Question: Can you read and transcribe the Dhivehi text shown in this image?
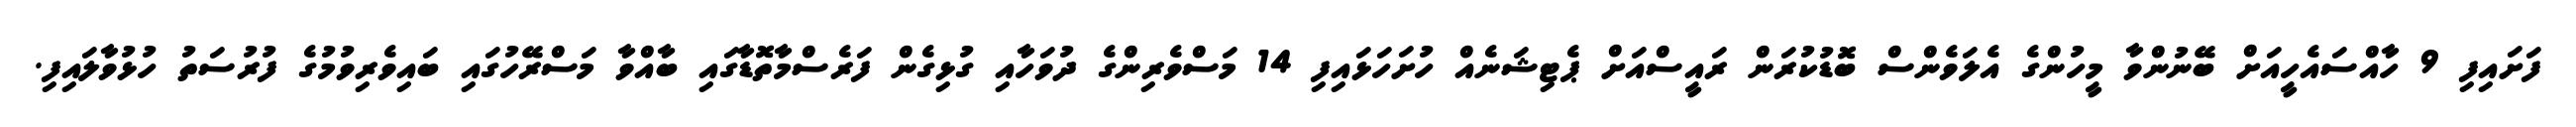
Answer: ފަށައިފި 9 ހާއްސައެހީއަށް ބޭނުންވާ މީހުންގެ އެލަވެންސް ބޮޑުކުރަން ރައީސްއަށް ޕެޓިޝަނެއް ހުށަހަޅައިފި 14 މަސްވެރިންގެ ދުވަހާއި ގުޅިގެން ފަރެސްމާތޮޑާގައި ބާއްވާ މަސްރޭހުގައި ބައިވެރިވުމުގެ ފުރުސަތު ހުޅުވާލައިފި.